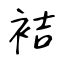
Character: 袺